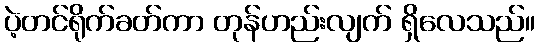
ပဲ့တင်ရိုက်ခတ်ကာ တုန်ဟည်းလျက် ရှိလေသည်။